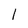
Character: l